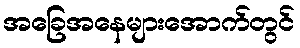
အခြေအနေများအောက်တွင်